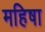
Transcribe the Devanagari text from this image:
महिषा